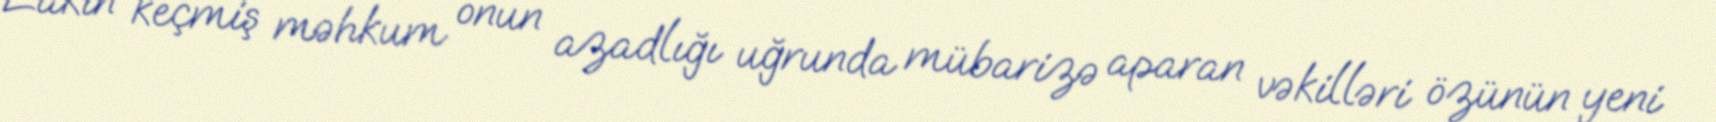
Lakin keçmiş məhkum onun azadlığı uğrunda mübarizə aparan vəkilləri özünün yeni